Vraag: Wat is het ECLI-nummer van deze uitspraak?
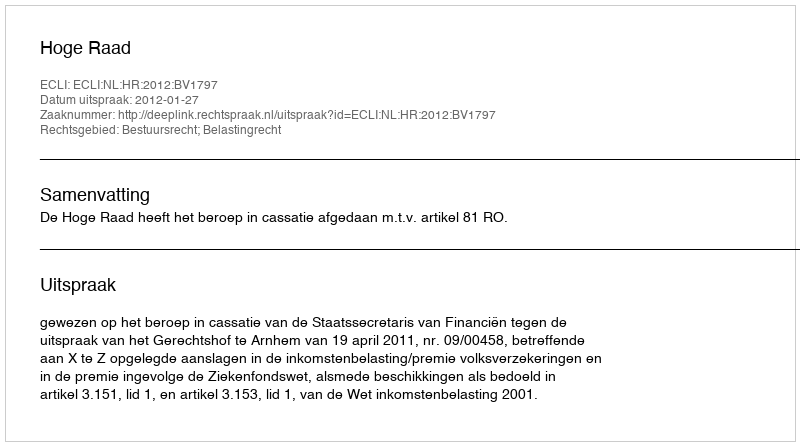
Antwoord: ECLI:NL:HR:2012:BV1797